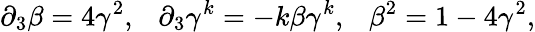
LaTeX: {\partial}_{3}\beta=4{\gamma}^{2},~~~{\partial}_{3}{\gamma}^{k}=-k\beta{\gamma}^{k},~~~{\beta}^{2}=1-4{\gamma}^{2},